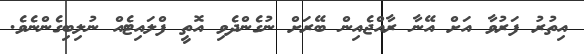
އިތުރު ފަރުވާ އަށް އޭނާ ރާއްޖެއިން ބޭރަށް ނުގެންދެވި އޮތީ ފްލައިޓެއް ނުލިބިގެންނެވެ.